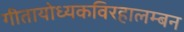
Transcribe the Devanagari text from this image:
गीतायोध्यकविरहालम्बन